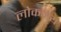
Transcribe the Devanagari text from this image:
लोकमय